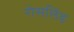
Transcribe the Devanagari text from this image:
रोसलिंड